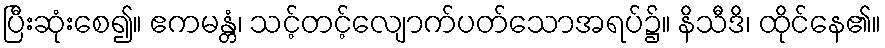
ပြီးဆုံးစေ၍။ ဧကမန္တံ၊ သင့်တင့်လျောက်ပတ်သောအရပ်၌။ နိသီဒိ၊ ထိုင်နေ၏။